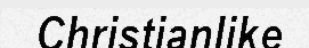
Christianlike